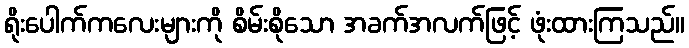
ရိုးပေါက်ကလေးများကို စိမ်းစိုသော အခက်အလက်ဖြင့် ဖုံးထားကြသည်။